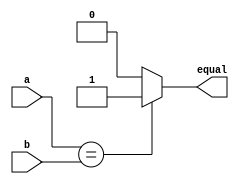
`timescale 1ns / 1ps
//////////////////////////////////////////////////////////////////////////////////
// Company: 
// Engineer: 
// 
// Design Name: 
// Module Name: compare
// Project Name: 
// Target Devices: 
// Tool Versions: 
// Description: 
// 
// Dependencies: 
// 
// Revision:
// Revision 0.01 - File Created
// Additional Comments:
// 
//////////////////////////////////////////////////////////////////////////////////


module compare(equal,a,b);
    input a,b;
    output equal;
        assign equal=(a==b)?1:0;
endmodule